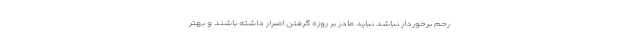
رحم برخوردار نباشد نباید مادر بر روزه گرفتن اصرار داشته باشند و بهتر